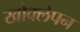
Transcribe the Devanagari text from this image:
खोक्लेपन